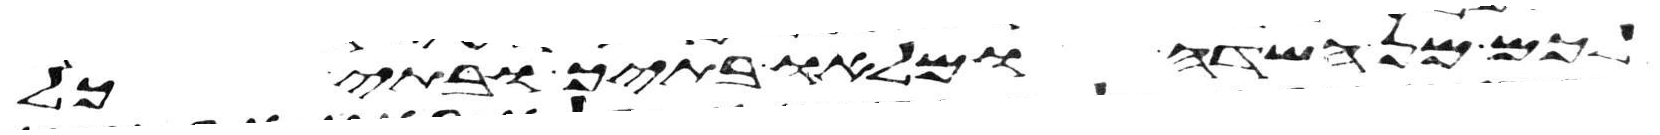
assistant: לכם מן השדה ומלאו בתיך ובתי כל